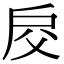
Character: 𢨰